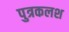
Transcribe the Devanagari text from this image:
पुत्रकलश